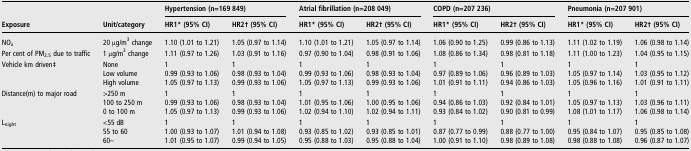
<table><thead><tr><td></td><td></td><td colspan="2"><b>Hypertension (n=169 849)</b></td><td colspan="2"><b>Atrial fibrillation (n=208 049)</b></td><td colspan="2"><b>COPD (n=207 236)</b></td><td colspan="2"><b>Pneumonia (n=207 901)</b></td></tr><tr><td><b>Exposure</b></td><td><b>Unit/category</b></td><td><b>HR1* (95% CI)</b></td><td><b>HR2† (95% CI)</b></td><td><b>HR1* (95% CI)</b></td><td><b>HR2† (95% CI)</b></td><td><b>HR1* (95% CI)</b></td><td><b>HR2† (95% CI)</b></td><td><b>HR1* (95% CI)</b></td><td><b>HR2† (95% CI)</b></td></tr></thead><tbody><tr><td>NO<sub>x</sub></td><td>20 μg/m<sup>3</sup> change</td><td>1.10 (1.01 to 1.21)</td><td>1.05 (0.97 to 1.14)</td><td>1.10 (1.01 to 1.21)</td><td>1.05 (0.97 to 1.14)</td><td>1.06 (0.90 to 1.25)</td><td>0.99 (0.86 to 1.13)</td><td>1.11 (1.02 to 1.19)</td><td>1.06 (0.98 to 1.14)</td></tr><tr><td>Per cent of PM<sub>2.5</sub> due to traffic</td><td>1 μg/m<sup>3</sup> change</td><td>1.11 (0.97 to 1.26)</td><td>1.03 (0.91 to 1.16)</td><td>0.97 (0.90 to 1.04)</td><td>0.98 (0.91 to 1.06)</td><td>1.08 (0.86 to 1.34)</td><td>0.98 (0.81 to 1.18)</td><td>1.11 (1.00 to 1.23)</td><td>1.04 (0.95 to 1.15)</td></tr><tr><td rowspan="3">Vehicle km driven‡</td><td>None</td><td>1</td><td>1</td><td>1</td><td>1</td><td>1</td><td>1</td><td>1</td><td>1</td></tr><tr><td>Low volume</td><td>0.99 (0.93 to 1.06)</td><td>0.98 (0.93 to 1.04)</td><td>0.99 (0.93 to 1.06)</td><td>0.98 (0.93 to 1.04)</td><td>0.97 (0.89 to 1.06)</td><td>0.96 (0.89 to 1.03)</td><td>1.05 (0.97 to 1.14)</td><td>1.03 (0.95 to 1.12)</td></tr><tr><td>High volume</td><td>1.05 (0.97 to 1.13)</td><td>0.99 (0.93 to 1.06)</td><td>1.05 (0.97 to 1.13)</td><td>0.99 (0.93 to 1.06)</td><td>1.01 (0.91 to 1.11)</td><td>0.94 (0.86 to 1.03)</td><td>1.05 (0.96 to 1.16)</td><td>1.01 (0.91 to 1.11)</td></tr><tr><td rowspan="3">Distance(m) to major road</td><td>&gt;250 m</td><td>1</td><td>1</td><td>1</td><td>1</td><td>1</td><td>1</td><td>1</td><td>1</td></tr><tr><td>100 to 250 m</td><td>0.99 (0.93 to 1.06)</td><td>0.98 (0.93 to 1.04)</td><td>1.01 (0.95 to 1.06)</td><td>1.00 (0.95 to 1.06)</td><td>0.94 (0.86 to 1.03)</td><td>0.92 (0.84 to 1.01)</td><td>1.05 (0.97 to 1.13)</td><td>1.03 (0.96 to 1.11)</td></tr><tr><td>0 to 100 m</td><td>1.05 (0.97 to 1.13)</td><td>0.99 (0.93 to 1.06)</td><td>1.02 (0.94 to 1.10)</td><td>1.02 (0.94 to 1.11)</td><td>0.93 (0.84 to 1.02)</td><td>0.90 (0.81 to 0.99)</td><td>1.08 (1.01 to 1.17)</td><td>1.06 (0.98 to 1.14)</td></tr><tr><td rowspan="3">L<sub>night</sub></td><td>&lt;55 dB</td><td>1</td><td>1</td><td>1</td><td>1</td><td>1</td><td>1</td><td>1</td><td>1</td></tr><tr><td>55 to 60</td><td>1.00 (0.93 to 1.07)</td><td>1.01 (0.94 to 1.08)</td><td>0.93 (0.85 to 1.02)</td><td>0.93 (0.85 to 1.01)</td><td>0.87 (0.77 to 0.99)</td><td>0.88 (0.77 to 1.00)</td><td>0.95 (0.84 to 1.07)</td><td>0.95 (0.85 to 1.08)</td></tr><tr><td>60–</td><td>1.01 (0.95 to 1.07)</td><td>0.99 (0.94 to 1.05)</td><td>0.95 (0.88 to 1.03)</td><td>0.95 (0.88 to 1.04)</td><td>1.00 (0.91 to 1.10)</td><td>0.98 (0.89 to 1.08)</td><td>0.98 (0.88 to 1.08)</td><td>0.96 (0.87 to 1.07)</td></tr></tbody></table>